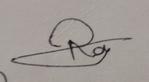
Signature authenticity: genuine